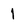
Character: 1